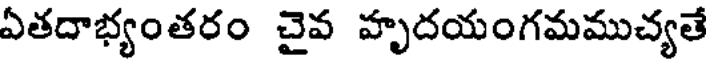
ఏతదాభ్యంతరం చైవ హృదయంగమముచ్యతే